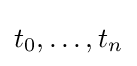
t_{0},\ldots ,t_{n}